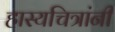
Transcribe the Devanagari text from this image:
हास्यचित्रांनी